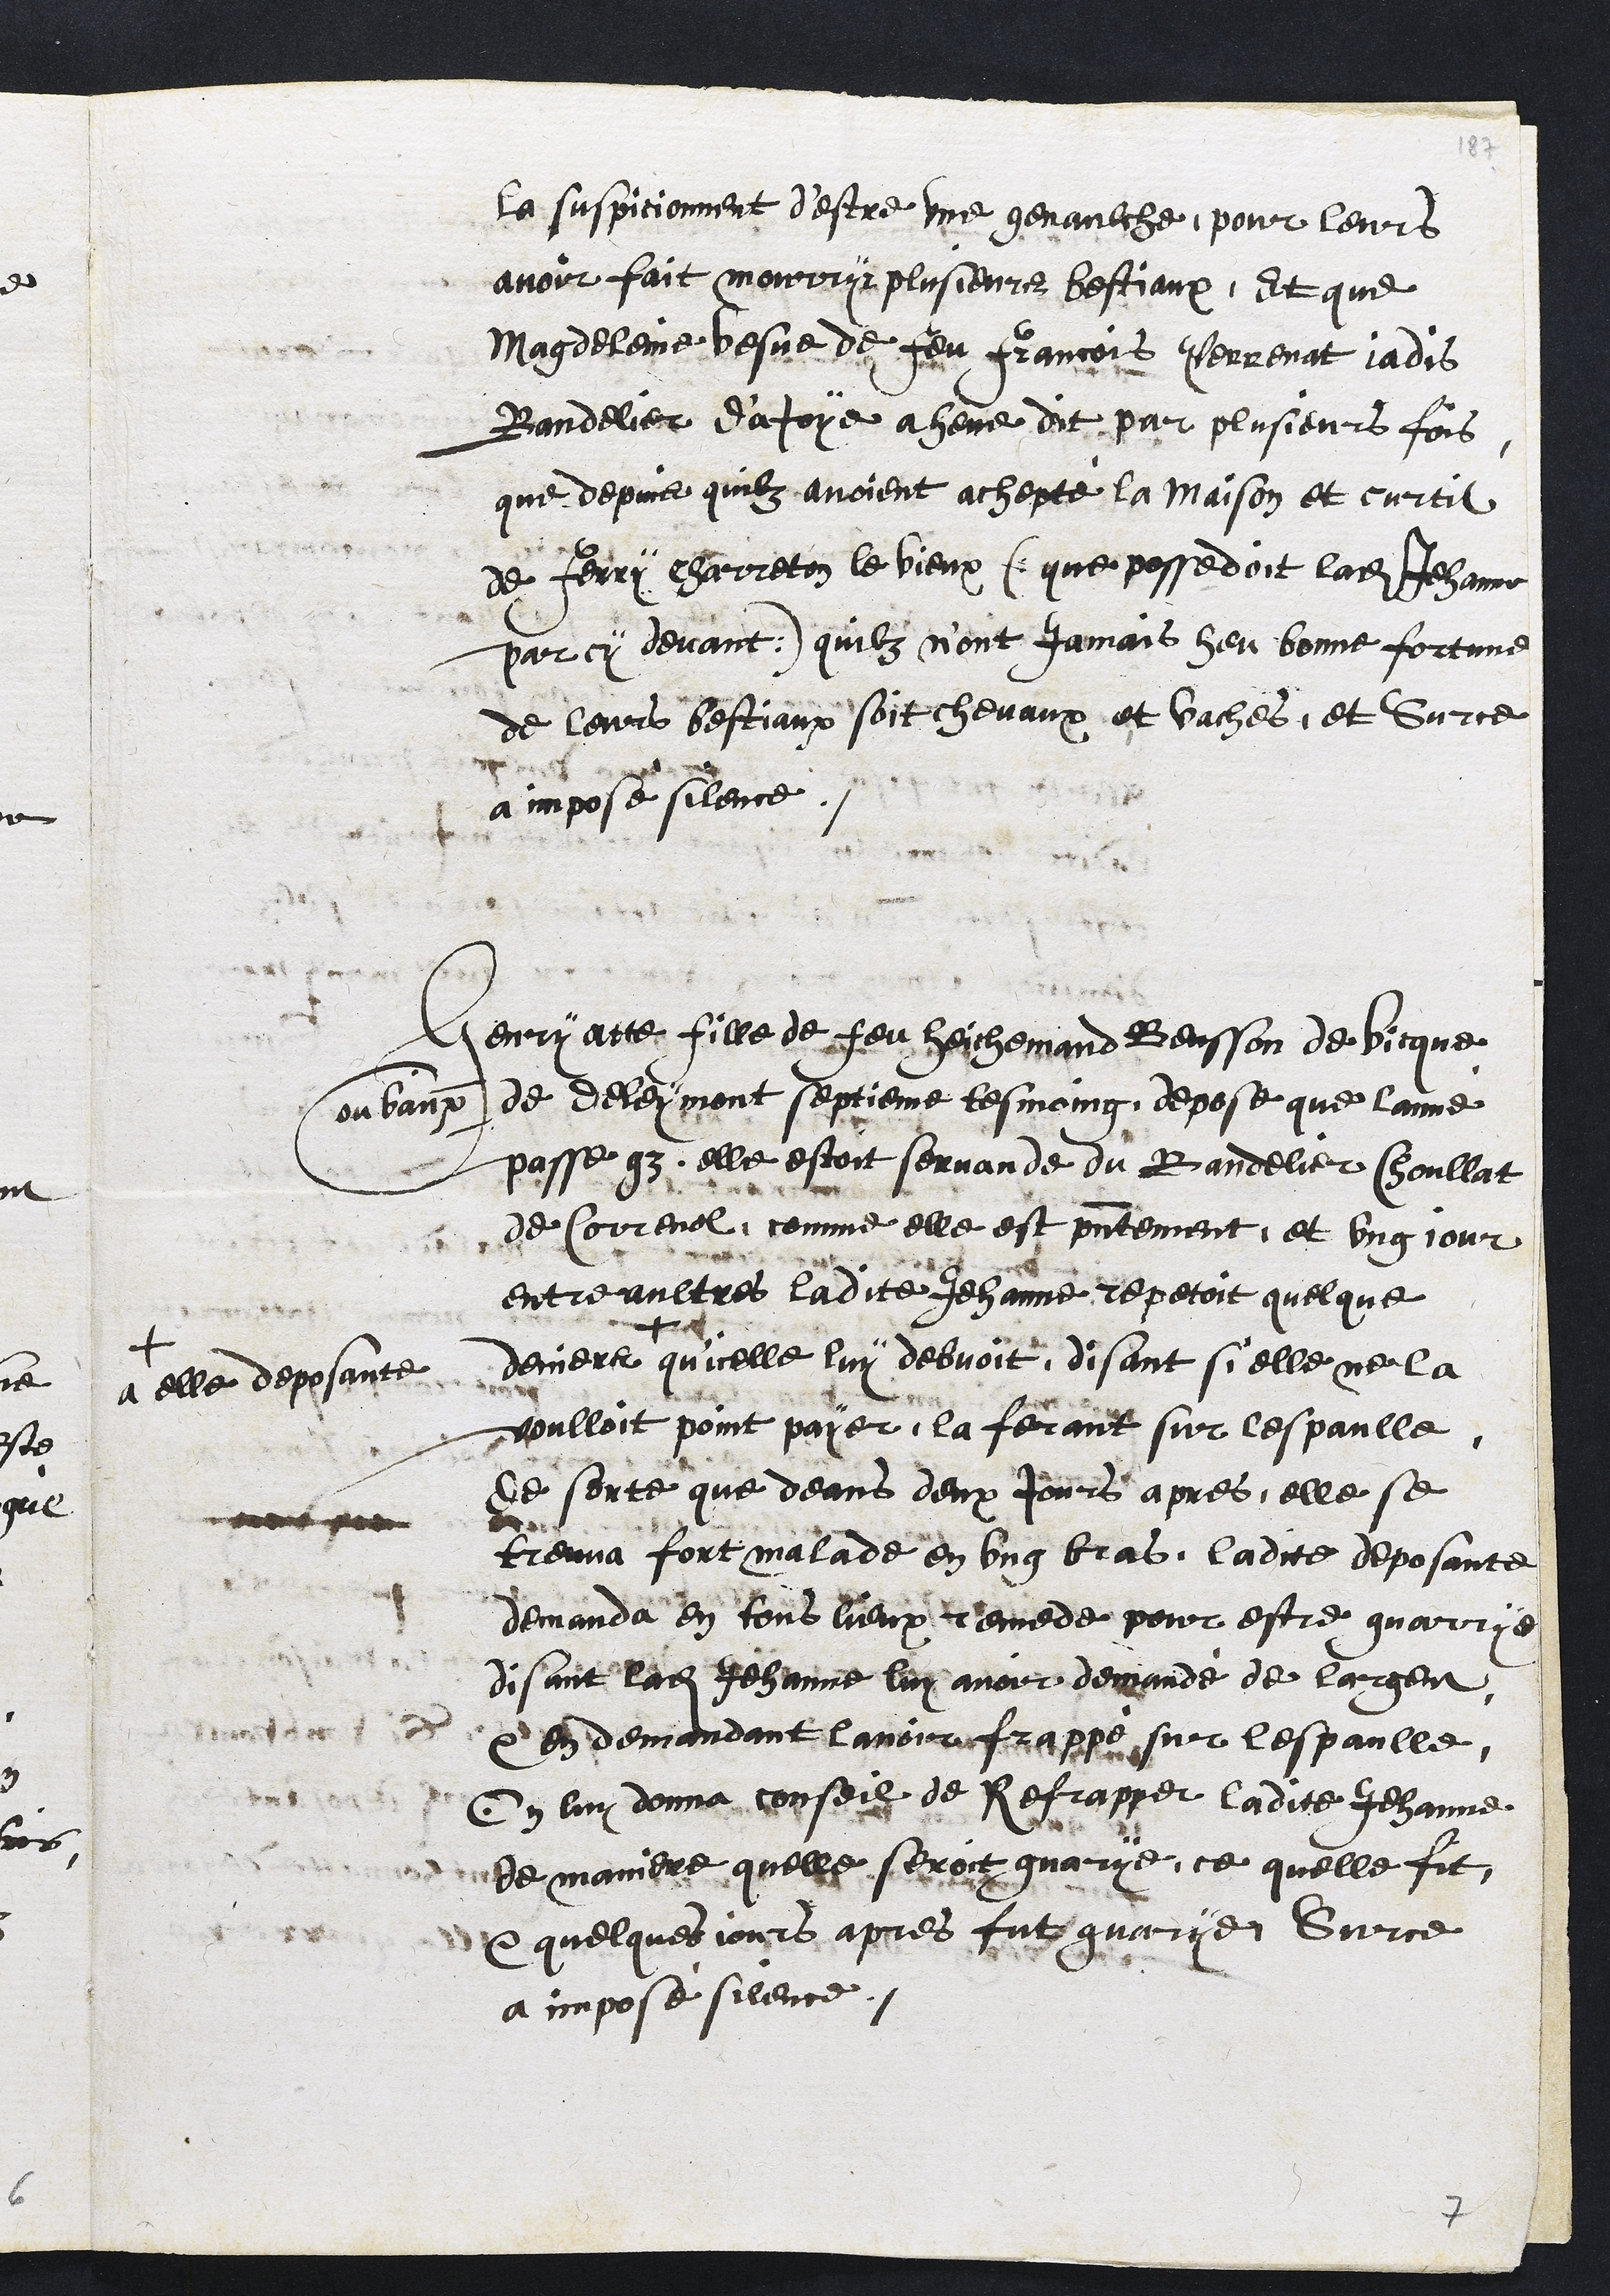
la suspicionnent d'estre une genaulche, pour leurs
avoir fait mourryr plusieurs bestiaux, Et que
Magdeleine vesve de feu Francoit Perrenat jadis
Bandelier d'ajoye a heue dit par plusieurs fois
que depuis quilz avoient achepté la maison et curtil
de Ferry Charreton le vieux (que possedoit ladite Jehanne
par cy devant) quilz nont jamais heu bonne fortune
de leurs bestiaux soit chevaux et vaches, et Sur ce
a imposé silence.
Henriatte fille de feu Heichemand Beusson de Vicque
ou vaux de Deleymont septieme tesmoing, depose que lanné
passe que elle estoit servande du Bandelier Choullat
de Correnol, comme elle est presentement, et ung jour
entre aultres ladite Jehanne repetoit quelque
deniers
+
a elle deposante
qu'icelle luy debvoit, disant si elle ne la
voulloit point payer, la ferant sur lespaulle,
de sorte que deans deux Jours apres, elle se
treuva fort malade en ung bras, ladite deposante
demanda en tous lieux remede pour estre guarrye
disant ladite Jehanne luy avoir demandé de largent,
et en demandant lavoir frappé sur lespaulle,
On luy donna conseil de Refrapper ladite Jehanne
de maniere quelle seroit guarye, ce quelle fit
et quelques jours apres fut guarye. Sur ce
a imposé silence.

7